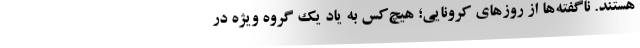
هستند. ناگفته‌ها از روزهای کرونایی؛ هیچ‌کس به یاد یک گروه ویژه در